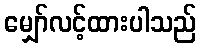
မျှော်လင့်ထားပါသည်